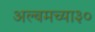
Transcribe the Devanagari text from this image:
अल्बमच्या३०